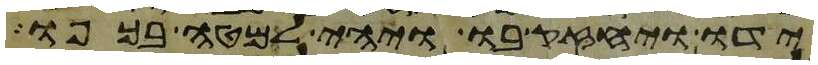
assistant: ידו ויחזק בו ויהי למטה בכפו